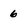
Character: 6